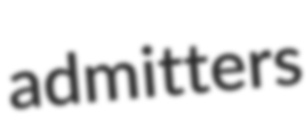
admitters